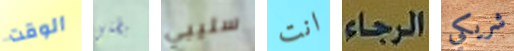
الوقت بطني سليبي انت الرجاء شريكي